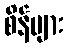
စိန်များ